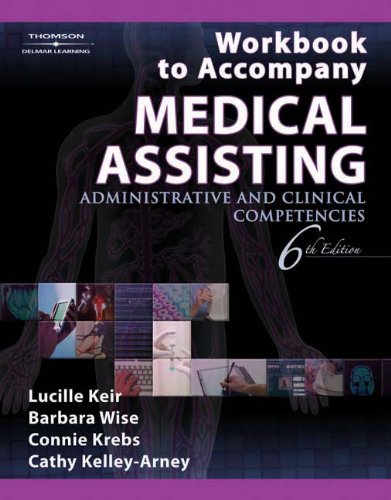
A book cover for Workbook to Accompany Medical Assisting: Administrative and Clinical Competencies, 6th Edition; Lucille Keir; Medical Books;